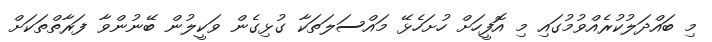
މި ބައްދަލުކުރެއްވުމުގައި މި އޮފީހަށް ހުށަހެޅޭ މައްސަލަތަކާ ގުޅިގެން ވަކީލުން ބޭނުންވާ ފަރާތްތަކަށް